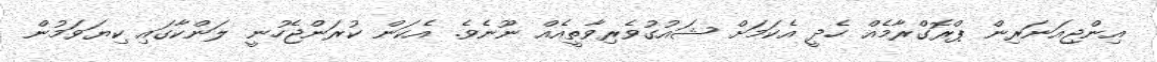
އިންޖިއަނަރިން ޕްރޮގްރާމެއް ހެދީ އެކަމަށް ޝައުގުވެރިވާތީއެއް ނޫނެވެ. އެކަން ކުރަންޖެހުނީ ލަންކާގައި ކިޔަވަމުން